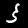
Digit: 3